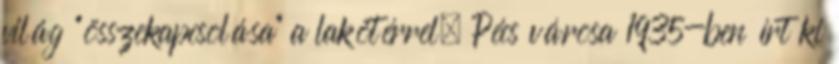
világ "összekapcsolása" a lakótérrel. Pécs városa 1935-ben írt ki